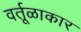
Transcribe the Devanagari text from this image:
वर्तूळाकार